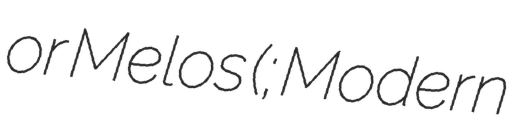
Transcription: or Melos (; Modern